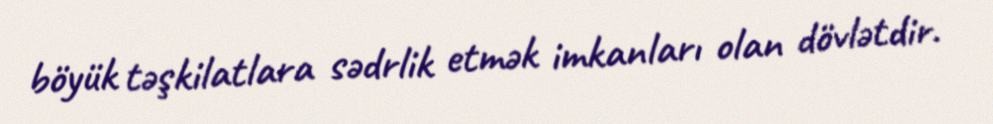
böyük təşkilatlara sədrlik etmək imkanları olan dövlətdir.